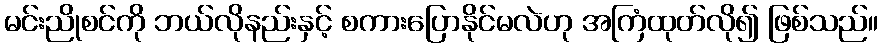
မင်းညိုစင်ကို ဘယ်လိုနည်းနှင့် စကားပြောနိုင်မလဲဟု အကြံထုတ်လို၍ ဖြစ်သည်။